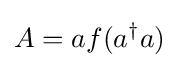
A=af(a^{\dagger }a)